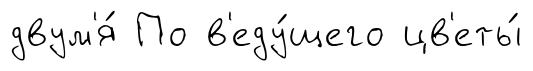
двум'я́ По в'еду́щего цв'еты́